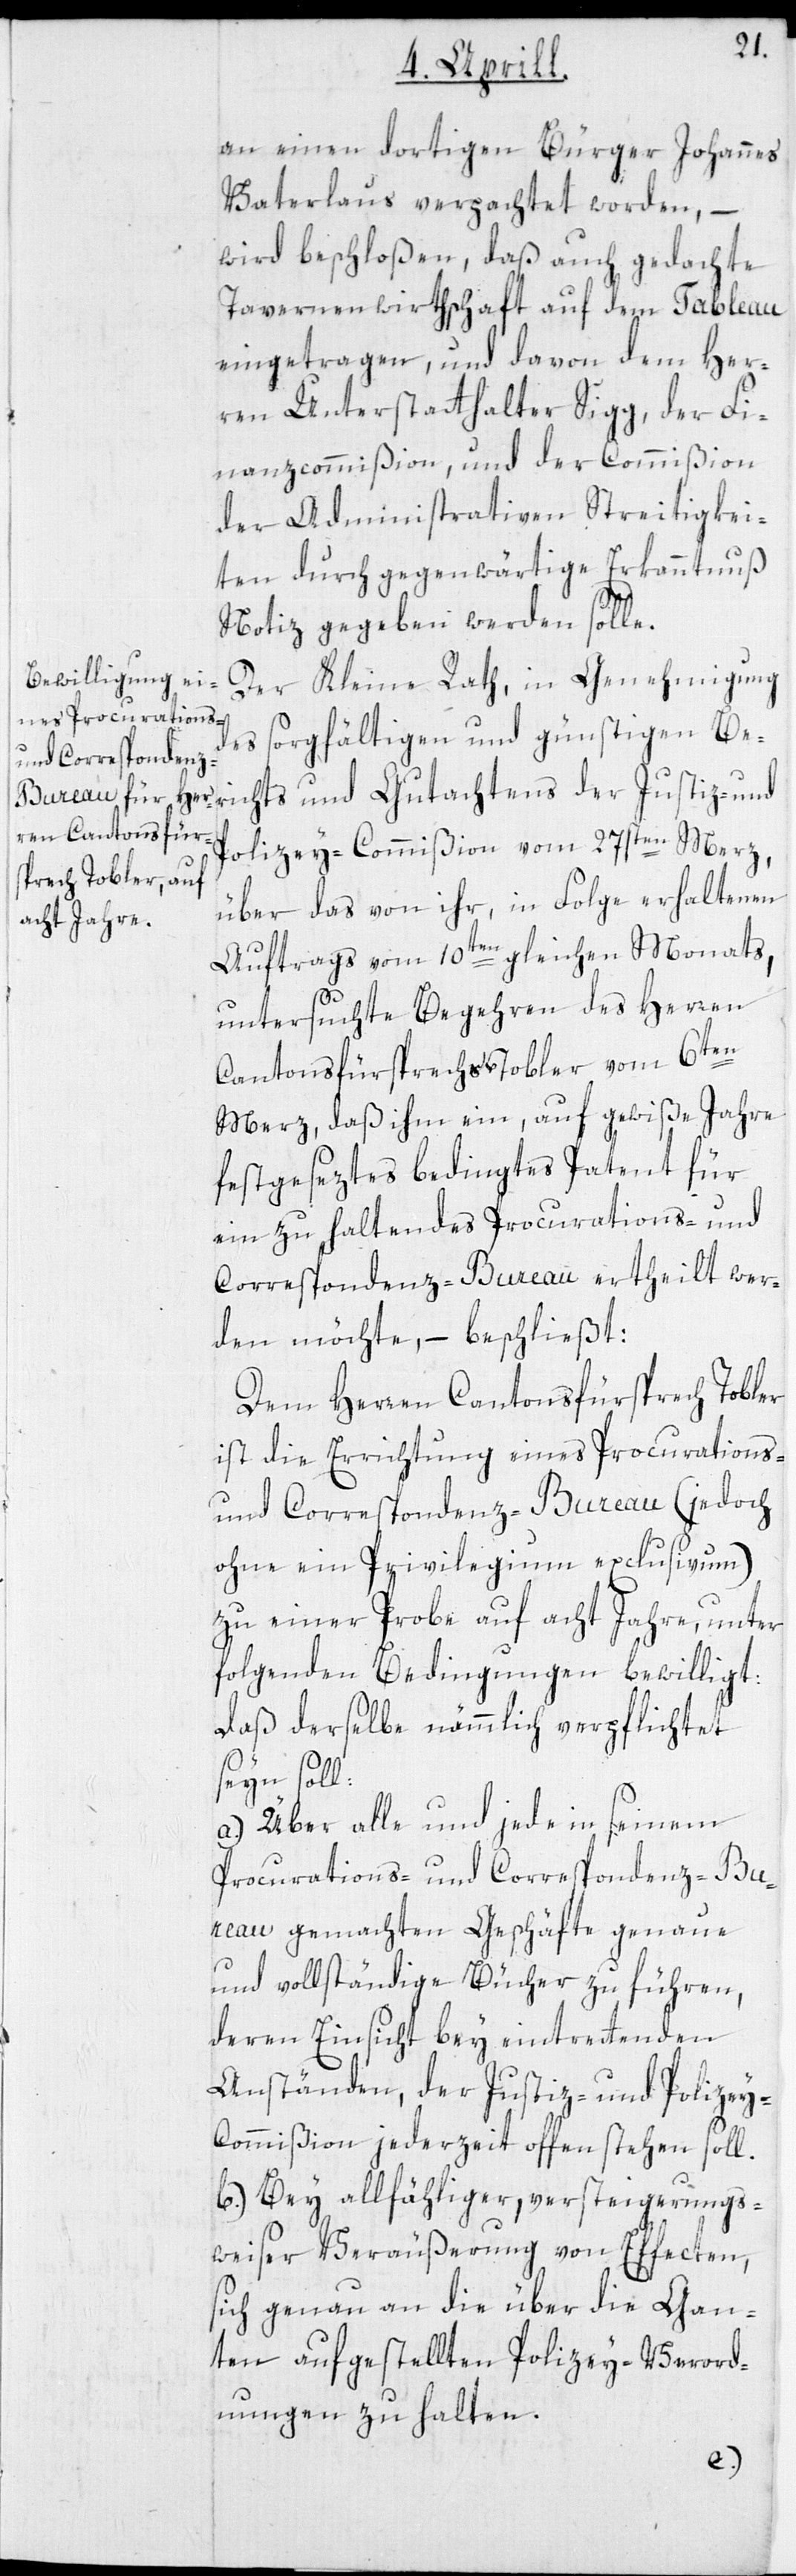
an einen dortigen Bürger Johannes
Vaterlaus verpachtet worden, –
wird beschloßen, daß auch gedachte
Tavernenwirthschaft auf dem Tableau
eingetragen, und davon dem Her¬
ren Unterstatthalter Sigg, der Fi¬
nanzcommißion und der Commißion
der Administrativen Streitigkei¬
ten durch gegenwärtige Erkanntnuß
Notiz gegeben werden solle.
Der Kleine Rath, in Genehmigung
sorgfältigen und günstigen Beri¬
der
Polizey-Commißion vom 27sten Merz,
über das von ihr, in Folge erhaltenen
Auftrags vom 10ten gleichen Monats,
untersuchte Begehren des Herren
Cantonsfürsprechs Tobler vom 6ten
Merz, daß ihm ein, auf gewiße Jahre
festgeseztes bedingtes Patent für
ein zu haltendes Procurations- und
Correspondenz-Bureau ertheilt wer¬
den möchte, – beschließt:
Dem Herren Cantonsfürsprech Tobler
ist die Errichtung eines Procurations-
und Correspondenz-Bureau (jedoch
ohne ein Privilegium exclusivum)
zu einer Probe auf acht Jahre, unter
folgenden Bedingungen bewilligt:
daß derselbe nämlich verpflichtet
seyn soll:
a) Über alle und jede in seinem
Procurations- und Correspondenz-Bur¬
eau gemachten Geschäfte genaue
und vollständige Bücher zu führen,
deren Einsicht bey eintretenden
Anständen, der Justiz- und Polizey-C¬
ommißion jederzeit offen stehen soll.
b) Bey allfähliger, versteigerungs¬
weiser Veräußerung von Effecten,
sich genau an die über die Gan¬
ten aufgestellten Polizey-Verord¬
nungen zu halten.